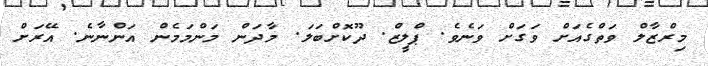
މިރްޒާލް ވަތްގެއަށް ވަގަށް ވަނެވެ. ޕްލީޒް. ދޫކޮށްބަލަ. މާދަން މަންމަމެން އަންނާނެ. އޭރަށް